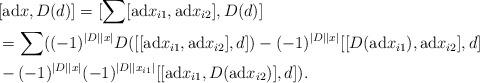
LaTeX: \begin{align*} &[{\rm ad}x,D(d)]=[\sum[{\rm ad}x_{i1},{\rm ad}x_{i2}],D(d)]\\ &=\sum((-1)^{\left|D\right|\left|x\right|}D([[{\rm ad}x_{i1},{\rm ad}x_{i2}],d])-(-1)^{\left|D\right|\left|x\right|}[[D({\rm ad}x_{i1}),{\rm ad}x_{i2}],d]\\ &-(-1)^{\left|D\right|\left|x\right|}(-1)^{\left|D\right|\left|x_{i1}\right|}[[{\rm ad}x_{i1},D({\rm ad}x_{i2})],d]).\end{align*}